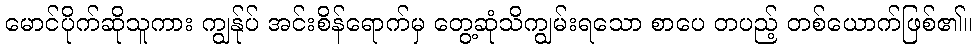
မောင်ပိုက်ဆိုသူကား ကျွန်ုပ် အင်းစိန်ရောက်မှ တွေ့ဆုံသိကျွမ်းရသော စာပေ တပည့် တစ်ယောက်ဖြစ်၏။